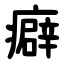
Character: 癖